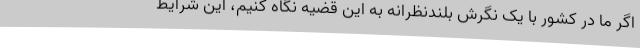
اگر ما در کشور با یک نگرش بلندنظرانه به این قضیه نگاه کنیم، این شرایط